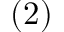
( 2 )